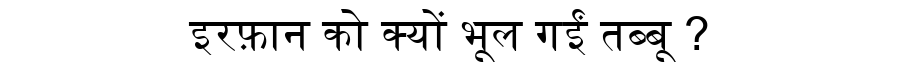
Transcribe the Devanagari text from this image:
इरफ़ान को क्यों भूल गईं तब्बू ?